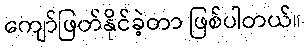
ကျော်ဖြတ်နိုင်ခဲ့တာ ဖြစ်ပါတယ်။